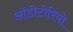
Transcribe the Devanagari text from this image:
ऑडीटोरियो